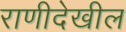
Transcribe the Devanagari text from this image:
राणीदेखील